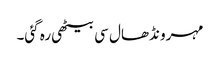
مہرو نڈھال سی بیٹھی رہ گئی۔